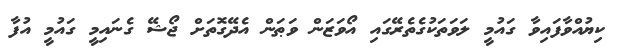
ކިޔުއްވާފައިވާ ގައުމީ ލަވަތަކުގެތެރޭގައި އޯވަޒަން ވަޠަން އެދޭގޮތަށް ޖޯޝޭ ގެނައިމީ ގައުމީ އުފާ